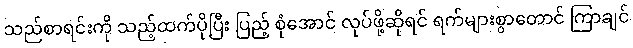
သည်စာရင်းကို သည့်ထက်ပိုပြီး ပြည့် စုံအောင် လုပ်ဖို့ဆိုရင် ရက်များစွာတောင် ကြာချင်